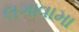
લગાવામા